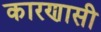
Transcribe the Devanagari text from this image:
कारणासी